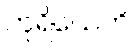
တူရိယေဟိ